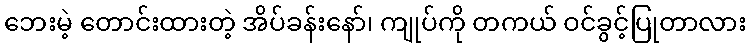
ဘေးမဲ့ တောင်းထားတဲ့ အိပ်ခန်းနော်၊ ကျုပ်ကို တကယ် ဝင်ခွင့်ပြုတာလား